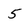
Character: 5